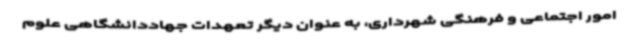
امور اجتماعی و فرهنگی شهرداری، به عنوان دیگر تعهدات جهاددانشگاهی علوم